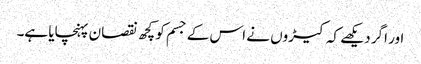
اور اگر دیکھے کہ کیڑوں نے اس کے جسم کو کچھ نقصان پہنچایا ہے۔